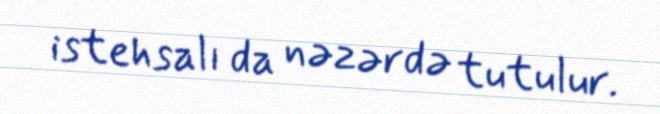
istehsalı da nəzərdə tutulur.